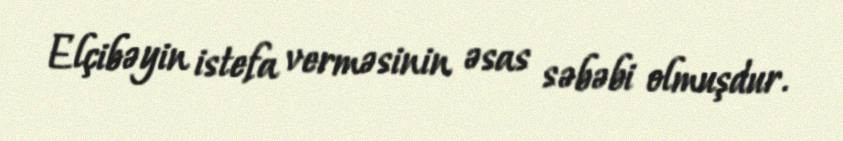
Elçibəyin istefa verməsinin əsas səbəbi olmuşdur.